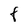
Character: f